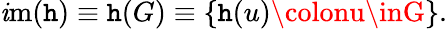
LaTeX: \operatorname{\mathit{i}m}(\mathtt{h})\equiv\mathtt{h}(G)\equiv\left\{ \mathtt{h}(u)\colonu\inG\right\} .